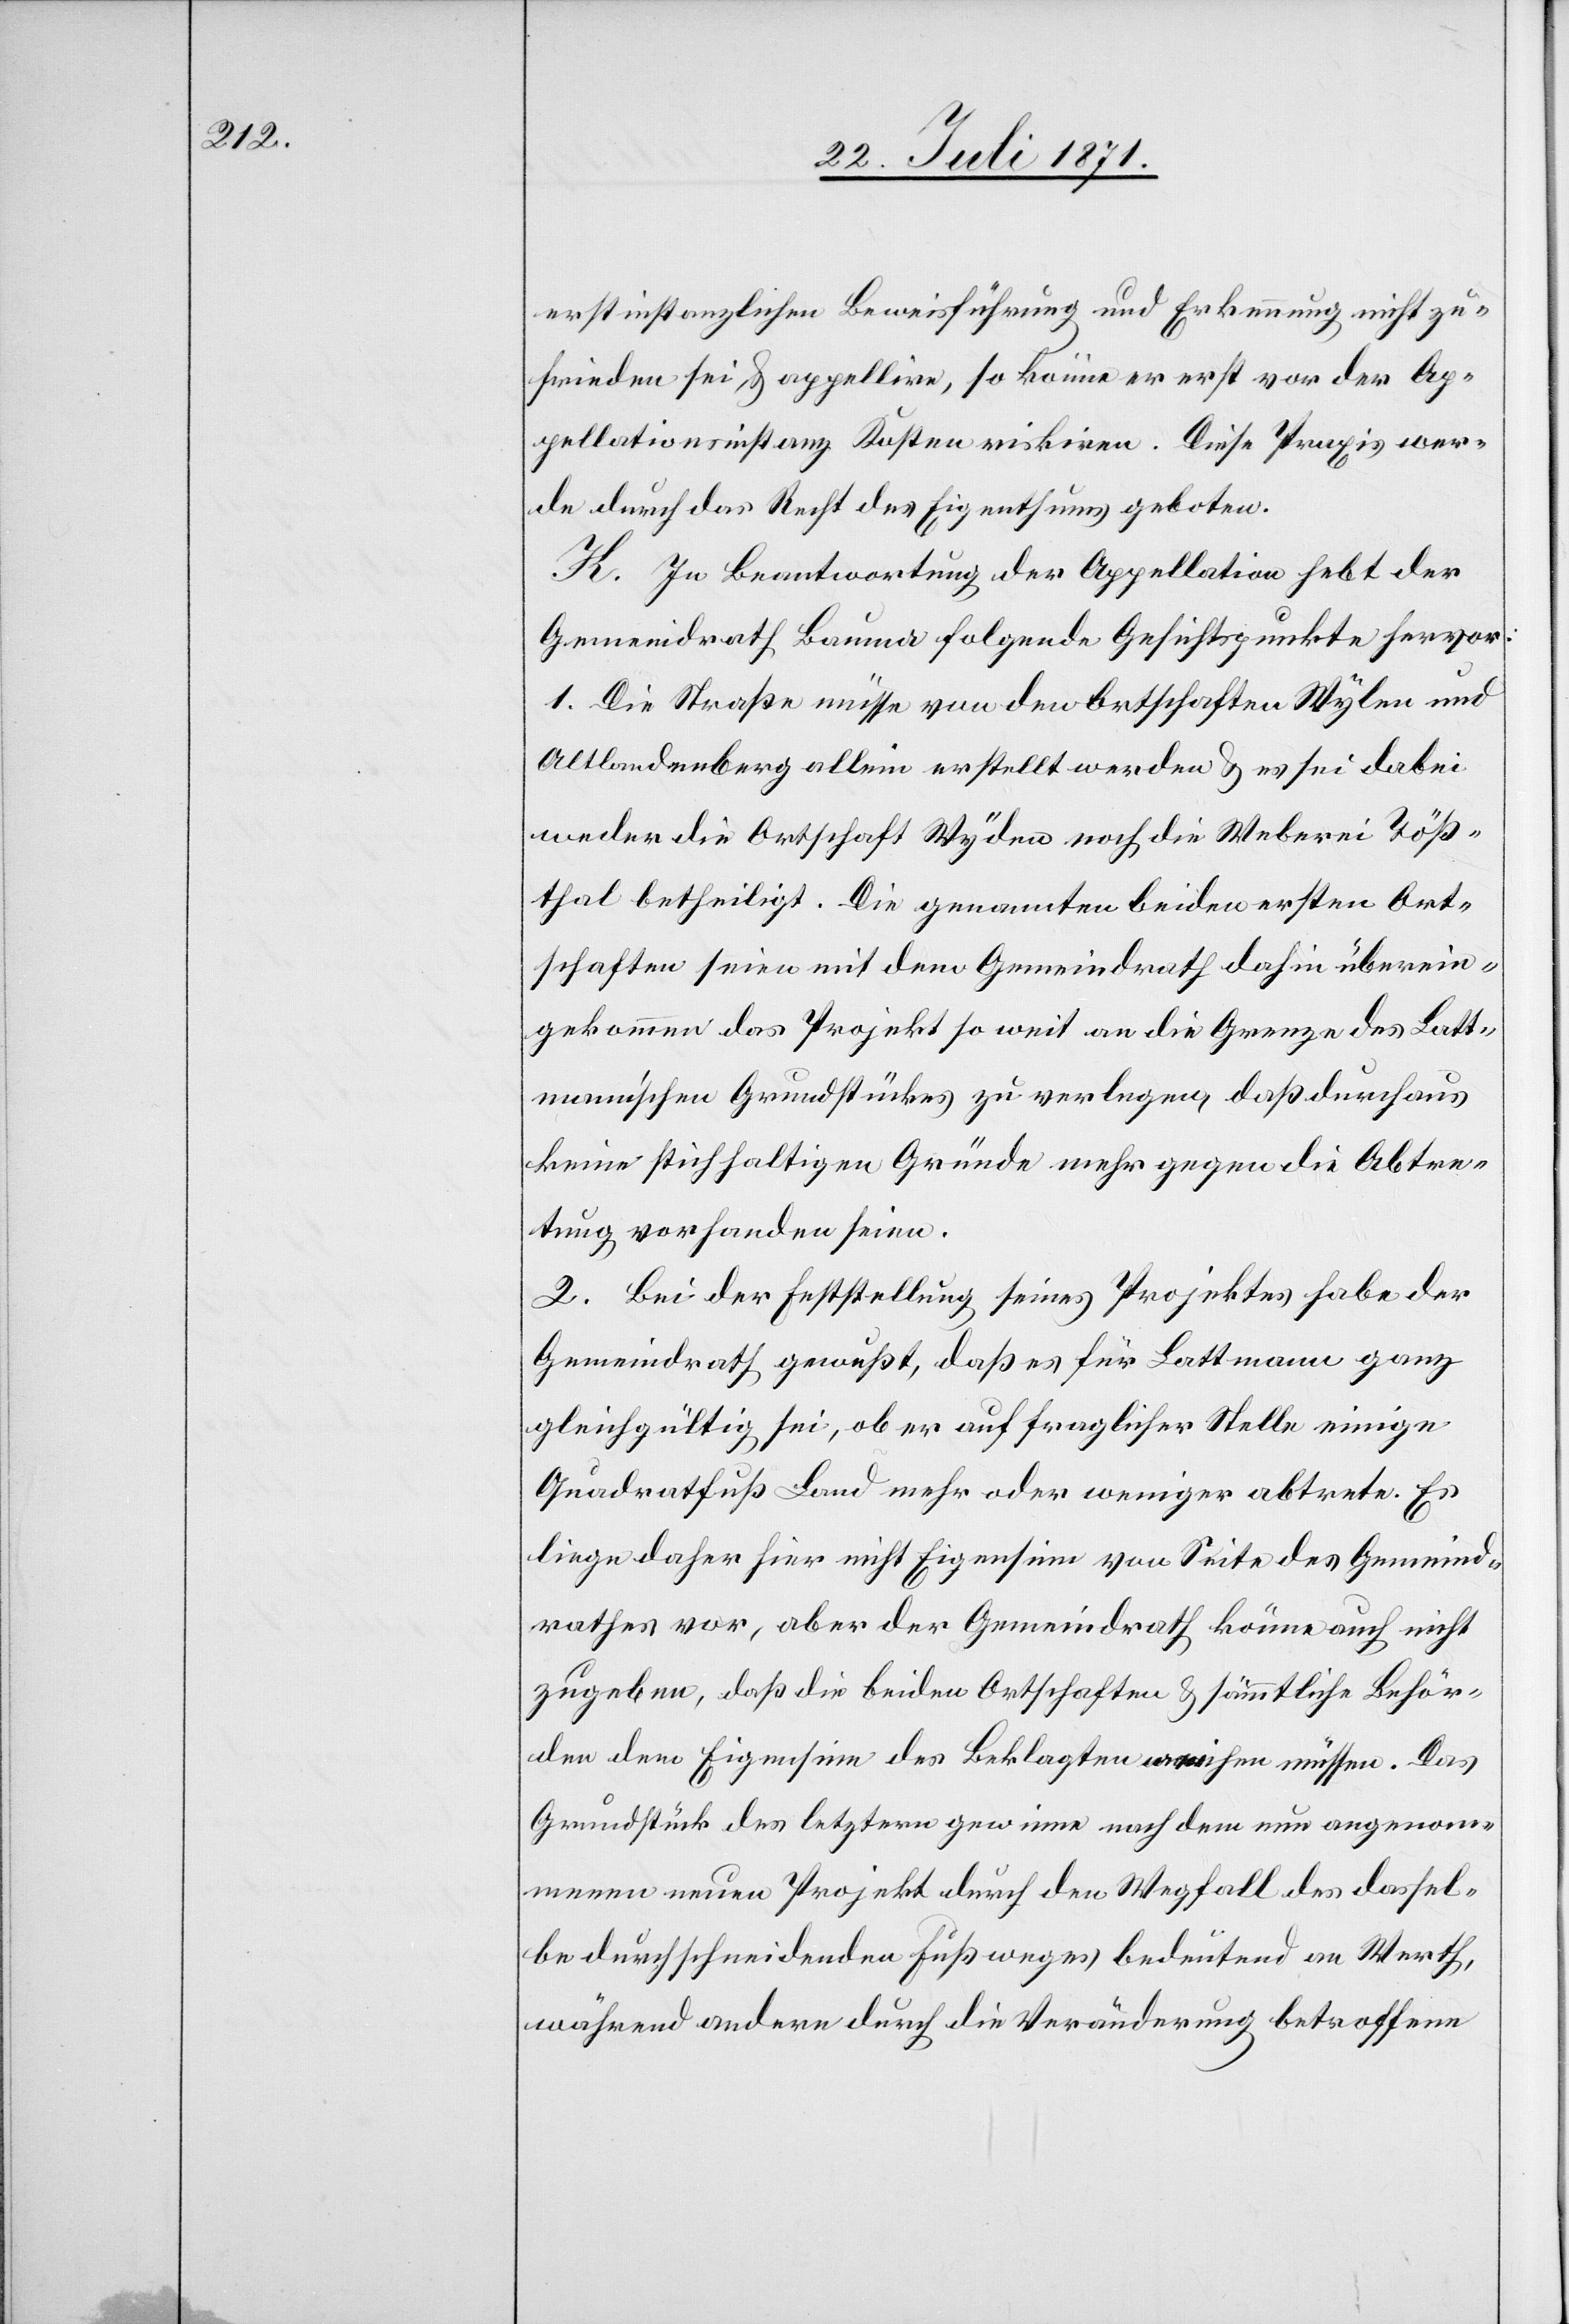
erstinstanzlichen Beweisführung und Erkennung nicht zu¬
frieden sei u. appellire, so könne er erst vor der Ap¬
pellationsinstanz Kosten riskiren. Diese Praxis wer¬
de durch das Recht des Eigenthums geboten.
K. In Beantwortung der Appellation hebt der
Gemeindrath Bauma folgende Gesichtspunkte hervor:
1. Die Straße müsse von den Ortschaften Wylen und
Altlandenberg allein erstellt werden u. es sei dabei
weder die Ortschaft Wyden noch die Weberei Töß¬
thal betheiligt. Die genannten beiden ersten Ort¬
schaften seien mit dem Gemeindrath dahin überein¬
gekommen das Projekt so weit an die Grenze des Latt¬
mann’schen Grundstückes zu verlegen, daß durchaus
keine stichhaltigen Gründe mehr gegen die Abtre¬
tung vorhanden seien.
2. Bei der Feststellung seines Projektes habe der
Gemeindrath gewußt, daß es für Lattmann ganz
gleichgültig sei, ob er auf fraglicher Stelle einige
Quadratfuß Land mehr oder weniger abtrete. Es
liege daher hier nicht Eigensinn von Seite des Gemeind¬
rathes vor, aber der Gemeindrath könne auch nicht
zugeben, daß die beiden Ortschaften u. sämmtliche Behör¬
den dem Eigensinn des Beklagten [?wei]chen müssen. Das
Grundstück des letzern gewinne nach dem nun angenom¬
menen neuen Projekt durch den Wegfall des dassel¬
be durchschneidenden Fußweges bedeutend an Werth,
während andere durch die Veränderung betroffene